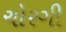
ચોરગી